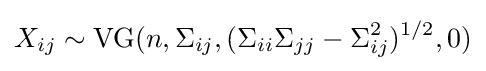
X_{ij}\sim {\text{VG}}(n,\Sigma _{ij},(\Sigma _{ii}\Sigma _{jj}-\Sigma _{ij}^{2})^{1/2},0)